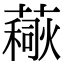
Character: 𧀚